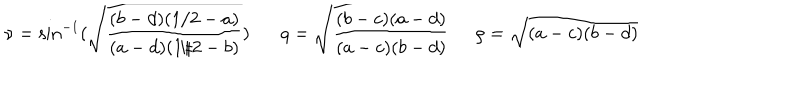
\nu = \sin ^ { - 1 } ( \sqrt { \frac { ( b - d ) ( 1 / 2 - a ) } { ( a - d ) ( 1 / 2 - b ) } } ) q = \sqrt { \frac { ( b - c ) ( a - d ) } { ( a - c ) ( b - d ) } } \; \; \rho = \sqrt { ( a - c ) ( b - d ) }